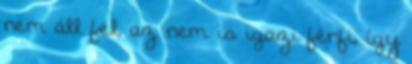
nem áll fel, az nem is igazi férfi, így